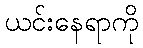
ယင်းနေရာကို